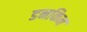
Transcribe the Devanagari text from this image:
डनकिन